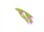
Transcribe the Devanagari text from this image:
दृड़